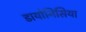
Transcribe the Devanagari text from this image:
डायोनिसिया